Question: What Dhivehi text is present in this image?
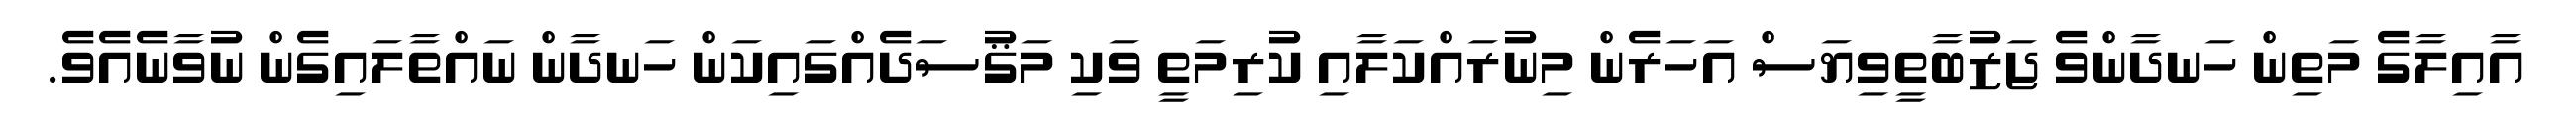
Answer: އާއިލާގެ މަތިން ހަނދާންވެ ޖަޒުބާތީވިޔަސް އަހަރެން މިނުރައްކަލާއި ކުރިމަތީ ވަކި މަޤުސަދެއްގައިކަން ހަނދާން ނައްތާލައިގެން ނުވާނެއެވެ.